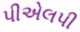
પીએલપી